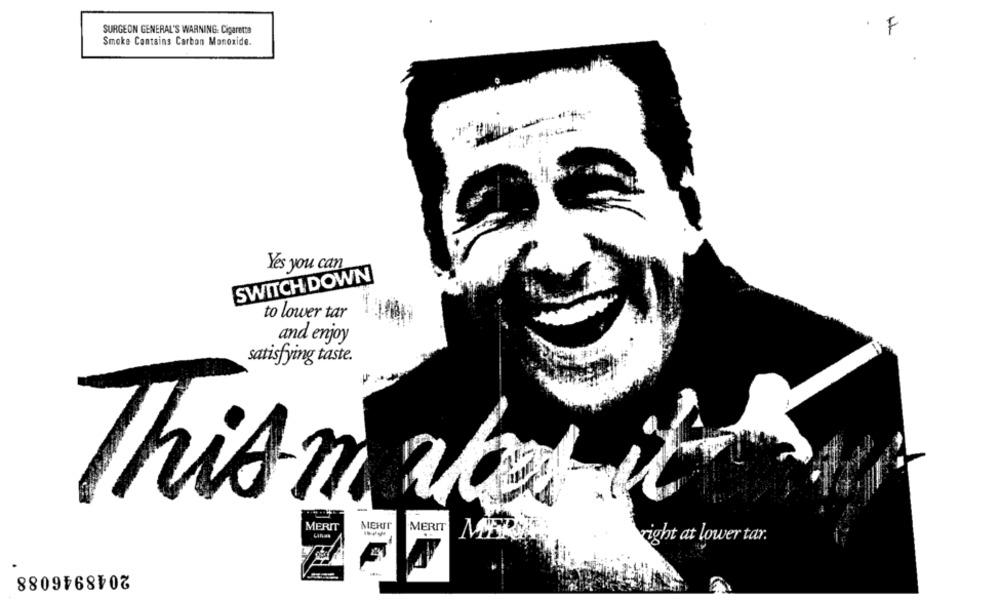
F
SURGEON GENERAL'S WARNING: Cigaretta
Smoke Contains Carbon Monoxide.
Yés you can
SWITCH DOWN
to lower tar
and enjoy
satisfying taste.
This makes
MERIT
MERIT
MERIT
right at lower tar.
2048946088